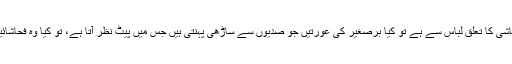
اگر فحاشی کا تعلق لباس سے ہے تو کیا برصغیر کی عورتیں جو صدیوں سے ساڑھی پہنتی ہیں جس میں پیٹ نظر آتا ہے، تو کیا وہ فحاشائیں ہیں؟